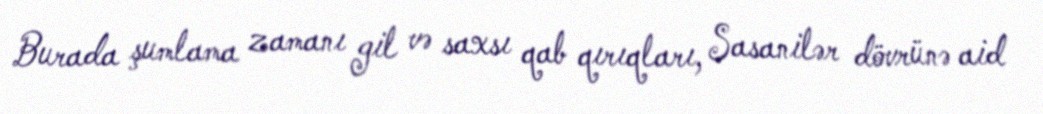
Burada şumlama zamanı gil və saxsı qab qırıqları, Sasanilər dövrünə aid